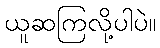
ယူဆကြလို့ပါပဲ။